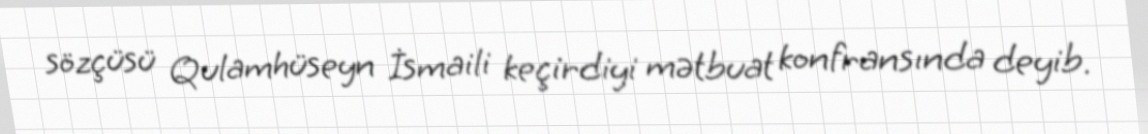
sözçüsü Qulamhüseyn İsmaili keçirdiyi mətbuat konfransında deyib.